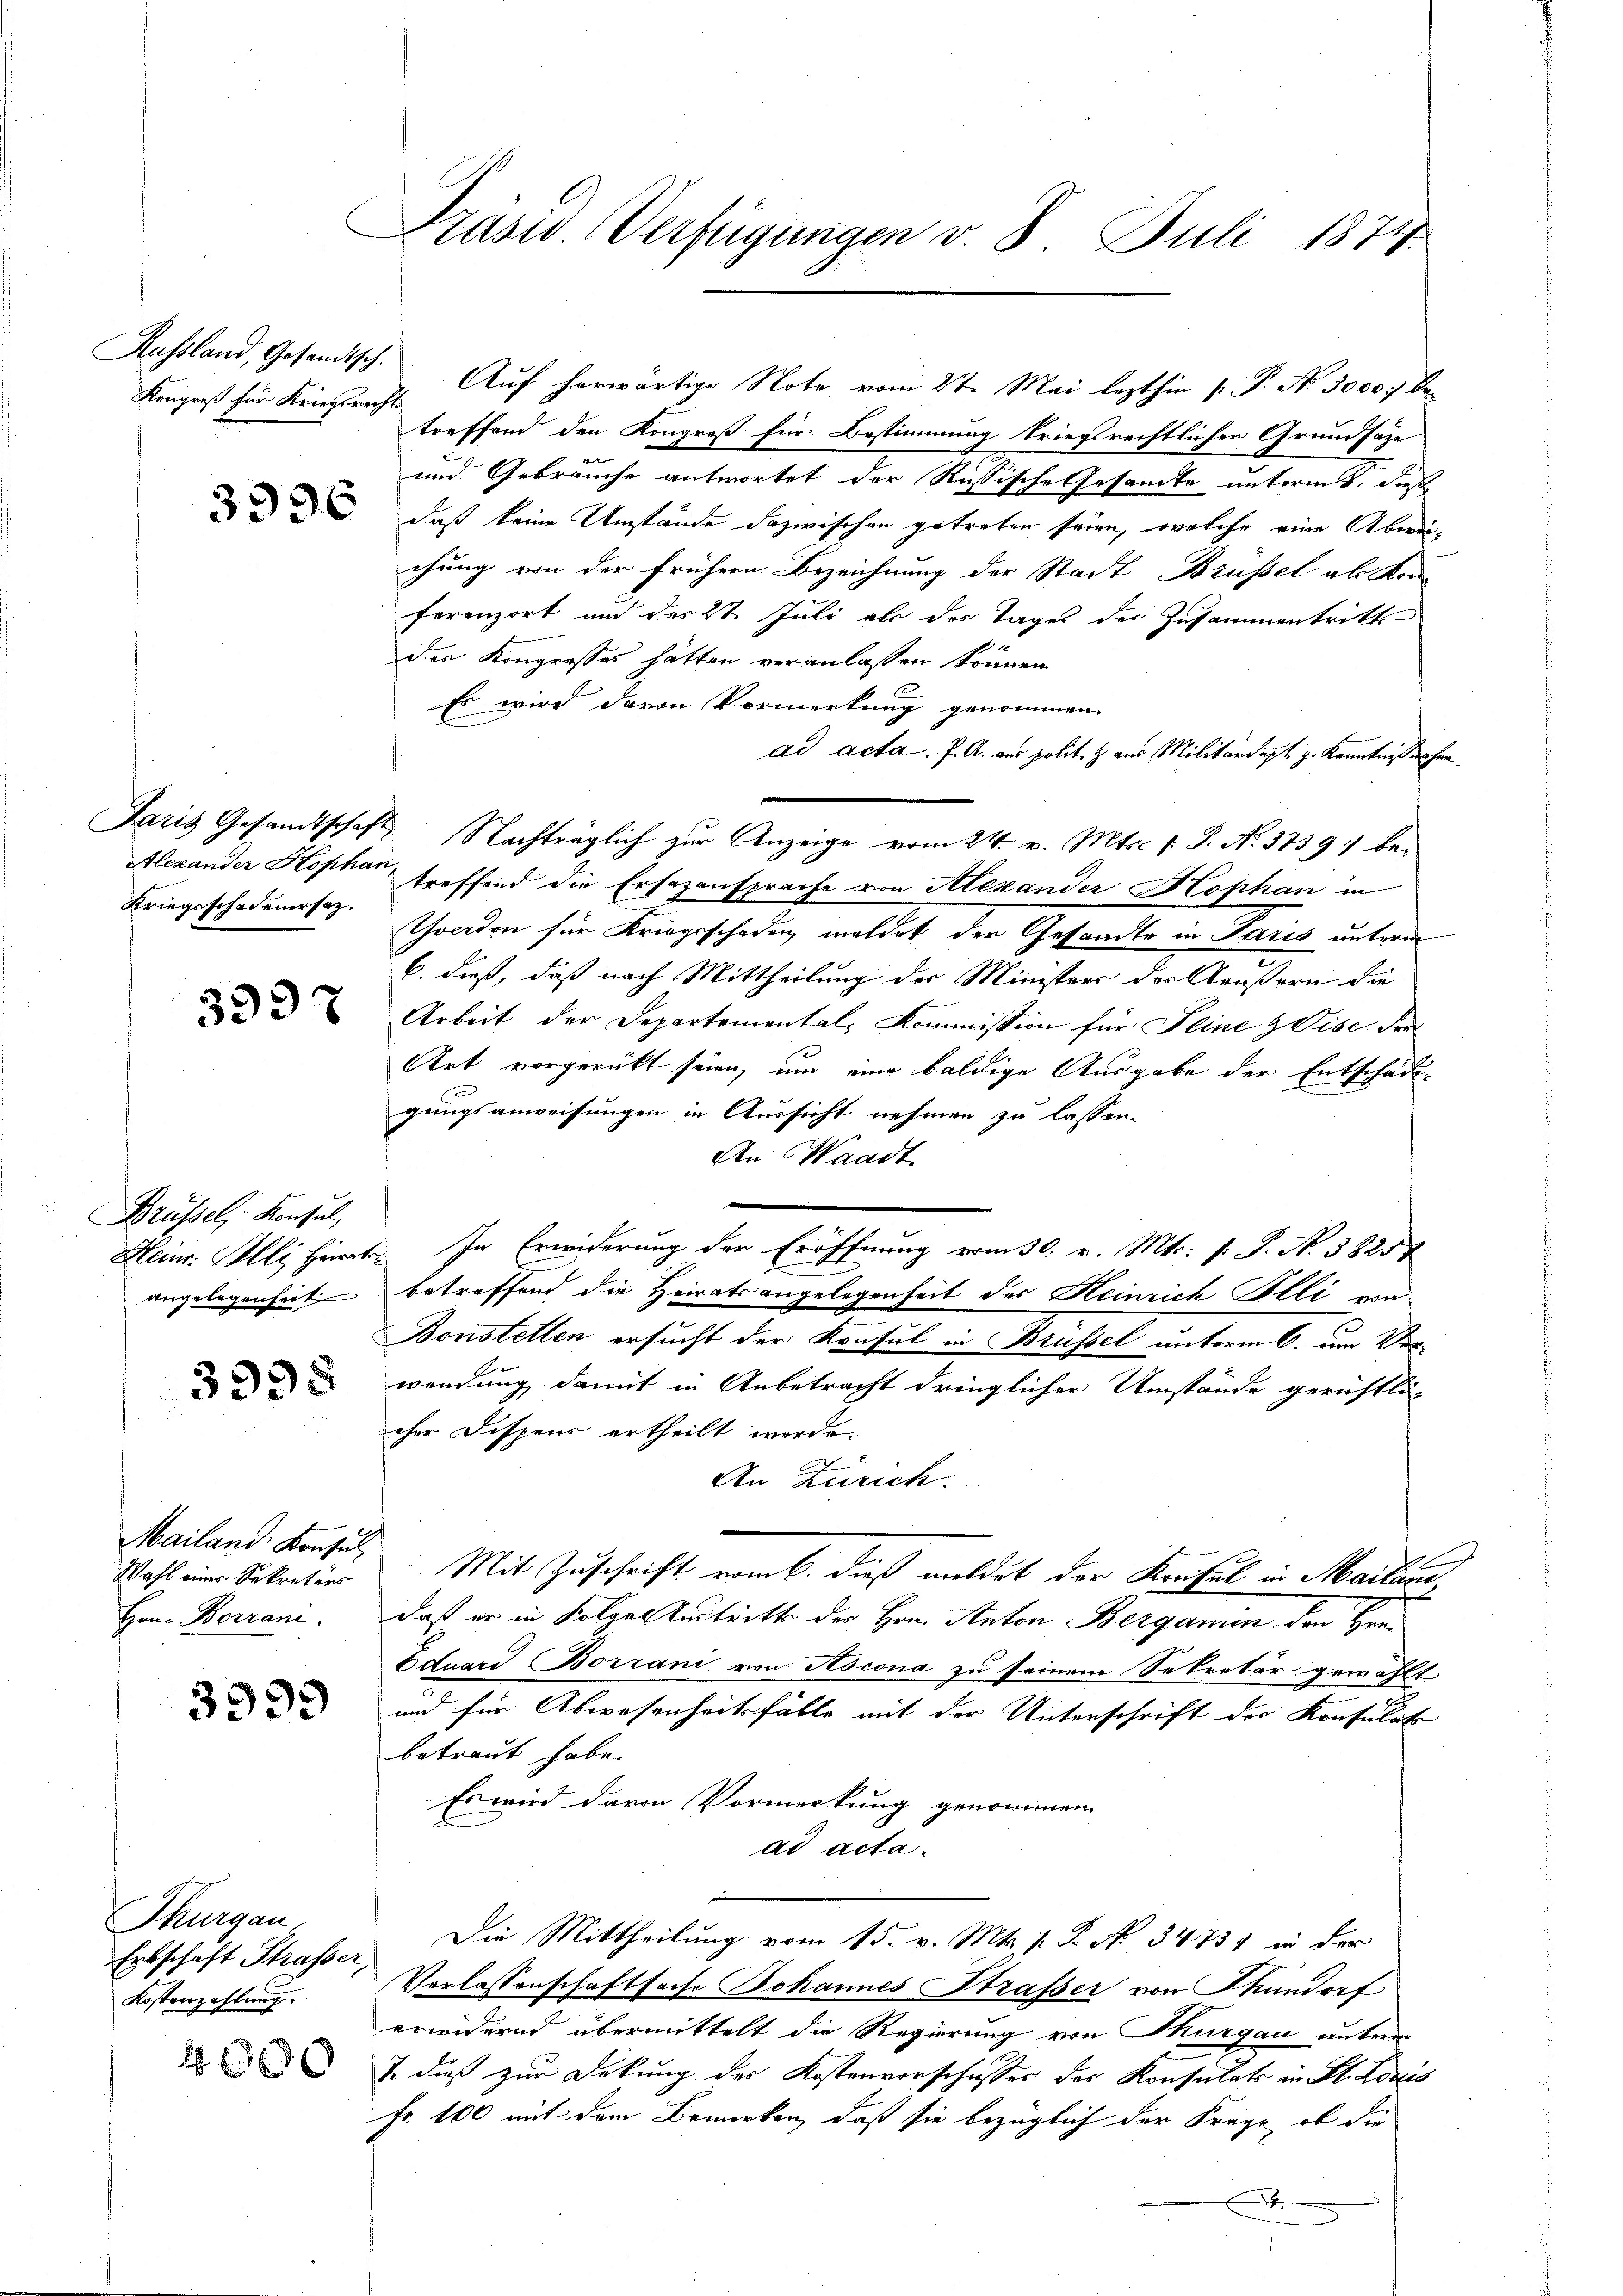
Russland, Gesandtsch.
Kongreß für Kriegsrecht

3336

Kriegsschadenersatz.

3397

Brüssel, Konsul,
angelegenheit

3335

Mailand Konsul
Wahl einer Sekretärs
Hrn. Borrani

3993

Thurgau
Erbschaft Strasser,
Kostenzahlung.

2 600

Präsid. Verfügungen v. 8. Juli 1874

treffend den Kongreß für Bestimmung kriegsrechtlicher Grundsäze
und Gebräuche antwortet der Rußische Gesamte unterm 5. dieß
daß keine Umstände dazwischen getreten seien, welche eine Abweichung von der frühern Bezeichnung der Stadt Brüssel als Kon-
ferenzort und des 27. Juli als des Tages der Zusammentritt
der Kongresses hätten veranlassen können.
Es wird davon Vormerkung genommen.
ad acta. J. A. aus polit. H. aus Militärdept g. Kenntnißnahen
Paris Gesandtschaft Nachträglich zŭr Anzeige vom 24. v. Mts. v. J. No. 3739. bei
Alexander Hophan treffend die Ersezansprache von Alexander Kophan in
Goerden für Kriegsschaden, meldet der Gesandte in Paris unterm
b. dieß, daß nach Mittheilung der Ministers des Aeußern die
Arbeit der Departemental-Kommission für Seine Vise der
Art vorgerückt seien, um eine baldige Ausgabe der Entschädigungsanweisungen in Aussicht nehmen zu lassen.
An Waadt
.
Heinr. Illi, Heirrt. In Erwiderung der Eröffnung vom 30. v. Mts. s. S. N. 3825
betreffend die Heiratsangelegenheit des Heinrich Illi von
Bonstetten ersucht der Konsul in Brüssel unterm 6. um Ver
wendung damit in Anbetracht dringlicher Umstände gerichtli-
cher Dispens ertheilt werde.
An Zürich.
Mit Zuschrift vom 6. dieß meldet der Kreifel in Mailand,
daß er in Folge Austritt der Hrn. Anton Bergamin den Hee¬
Eduard Borrani von Ascona zu seinem Sekretär gewählt
und für Abwesenheitsfälle mit der Unterschrift der Konsulat
betraut habe.
Es wird davon Vormerkung genommen
ad acta.
Die Mittheilung vom 15. v. Mts. p. P. No. 3473 in der
Verlassenschaftsache Johannes Strasser von Stundorf
erwidernd übermittelt die Regierung von Thurgau untern
& dieß zur Deckung des Kostenvorschusses des Konsulats in St. Louis
Fr. 100 mit dem Bemerken, daß sie bezüglich der Frage, ob die
x

Auf herwärtige Noto vom 27. Mai lezthin P. P. Nr. 3000 be